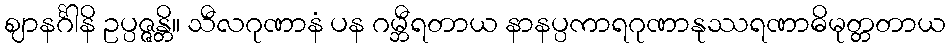
ဈာနင်္ဂါနိ ဥပ္ပဇ္ဇန္တိ။ သီလဂုဏာနံ ပန ဂမ္ဘီရတာယ နာနပ္ပကာရဂုဏာနုဿရဏာဓိမုတ္တတာယ